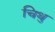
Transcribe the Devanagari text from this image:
चिथु